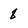
Character: 8